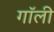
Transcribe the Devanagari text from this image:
गॉली